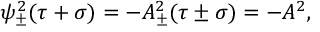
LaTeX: \psi _ { \pm } ^ { 2 } ( \tau + \sigma ) = - A _ { \pm } ^ { 2 } ( \tau \pm \sigma ) = - A ^ { 2 } ,